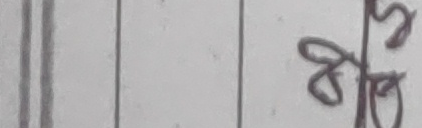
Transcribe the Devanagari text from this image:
कुरी